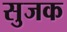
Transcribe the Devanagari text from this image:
सुजक